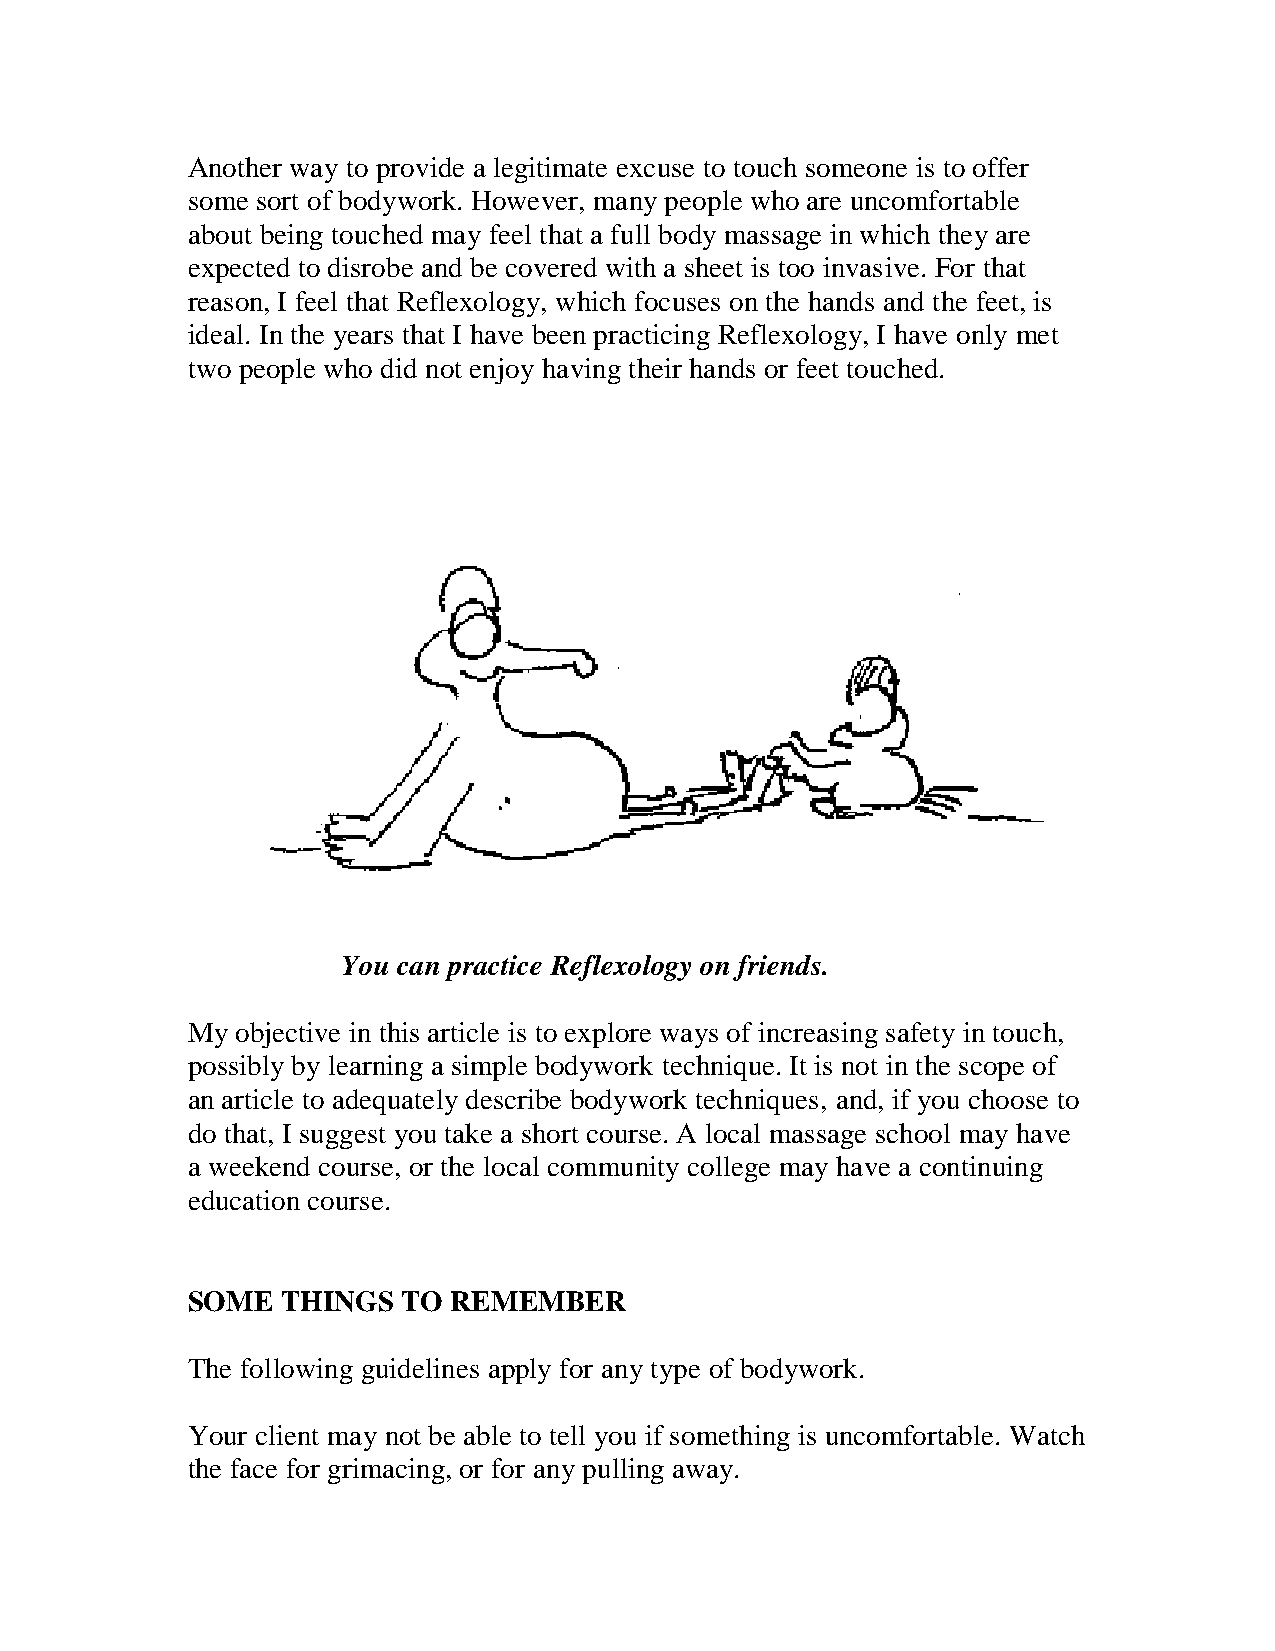
Another way to provide a legitimate excuse to touch someone is to offer
 some sort of bodywork. However, many people who are uncomfortable
 about being touched may feel that a full body massage in which they are
 expected to disrobe and be covered with a sheet is too invasive. For that
 reason, I feel that Reflexology, which focuses on the hands and the feet, is
 ideal. In the years that I have been practicing Reflexology, I have only met
 two people who did not enjoy having their hands or feet touched.
 You can practice Reflexology on friends.
 My  objective in this article is to explore ways of increasing safety in touch,
 possibly by learning a simple bodywork technique. It is not in the scope of
 an article to adequately describe bodywork techniques, and, if you choose to
 do that, I suggest you take a short course. A local massage school may have
 a weekend course, or the local community college may have a continuing
 education course.
 SOME   THINGS  TO REMEMBER
 The following guidelines apply for any type of bodywork.
 Your client may not be able to tell you if something is uncomfortable. Watch
 the face for grimacing, or for any pulling away.